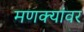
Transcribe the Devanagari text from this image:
मणक्यांवर